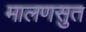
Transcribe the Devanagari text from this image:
मालणसुत